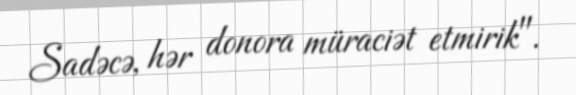
Sadəcə, hər donora müraciət etmirik".